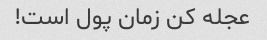
عجله کن زمان پول است!